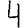
Digit: 4